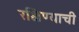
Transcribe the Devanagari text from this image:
रक्षिण्याची